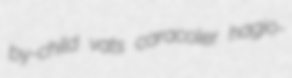
by-child vats caracoler hagio-